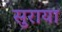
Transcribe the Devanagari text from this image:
सुराया